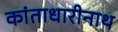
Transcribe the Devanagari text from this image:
कांताधारीनाथ